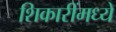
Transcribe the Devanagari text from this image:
शिकारींमध्ये